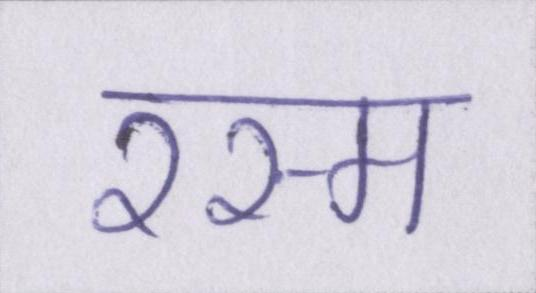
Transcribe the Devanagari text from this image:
रस्म